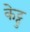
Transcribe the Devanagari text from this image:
केट्टु